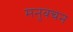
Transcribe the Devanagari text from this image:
मनुवचन